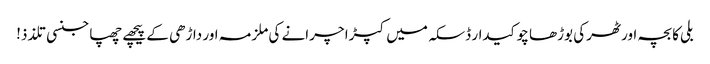
بلی کا بچہ اور ٹھرکی بوڑھا چوکیدار	ڈسکہ میں کپڑا چرانے کی ملزمہ اور داڑھی کے پیچھے چھپا جنسی تلذذ!